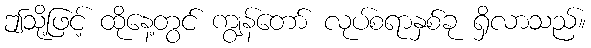
ဤသို့ဖြင့် ထိုနေ့တွင် ကျွန်တော် လုပ်စရာနှစ်ခု ရှိလာသည်။